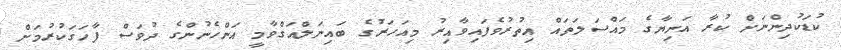
ކުޑަކުދިންނަށް ކުރާ އަނިޔާގެ މައްސަލަތައް އިތުރުވެފައިވާއިރު މިއަހަރުގެ ބައިނަލްއަގްވާމީ އަންހެނުންގެ ދުވަސް ފާހަގަކުރުމަށް